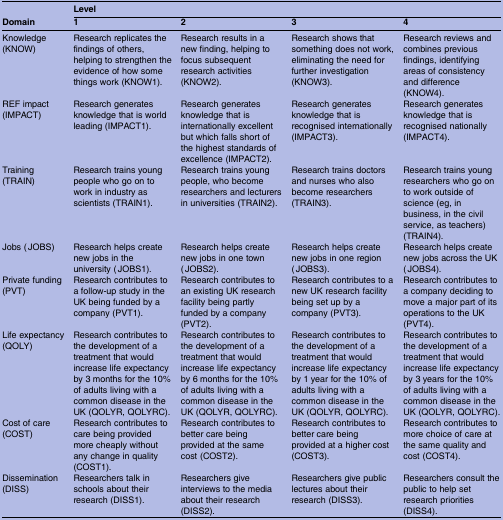
<table><thead><tr><td></td><td colspan="4"><b>Level</b></td></tr><tr><td><b>Domain</b></td><td><b>1</b></td><td><b>2</b></td><td><b>3</b></td><td><b>4</b></td></tr></thead><tbody><tr><td>Knowledge (KNOW)</td><td>Research replicates the findings of others, helping to strengthen the evidence of how some things work (KNOW1).</td><td>Research results in a new finding, helping to focus subsequent research activities (KNOW2).</td><td>Research shows that something does not work, eliminating the need for further investigation (KNOW3).</td><td>Research reviews and combines previous findings, identifying areas of consistency and difference (KNOW4).</td></tr><tr><td>REF impact (IMPACT)</td><td>Research generates knowledge that is world leading (IMPACT1).</td><td>Research generates knowledge that is internationally excellent but which falls short of the highest standards of excellence (IMPACT2).</td><td>Research generates knowledge that is recognised internationally (IMPACT3).</td><td>Research generates knowledge that is recognised nationally (IMPACT4).</td></tr><tr><td>Training (TRAIN)</td><td>Research trains young people who go on to work in industry as scientists (TRAIN1).</td><td>Research trains young people, who become researchers and lecturers in universities (TRAIN2).</td><td>Research trains doctors and nurses who also become researchers (TRAIN3).</td><td>Research trains young researchers who go on to work outside of science (eg, in business, in the civil service, as teachers) (TRAIN4).</td></tr><tr><td>Jobs (JOBS)</td><td>Research helps create new jobs in the university (JOBS1).</td><td>Research helps create new jobs in one town (JOBS2).</td><td>Research helps create new jobs in one region (JOBS3).</td><td>Research helps create new jobs across the UK (JOBS4).</td></tr><tr><td>Private funding (PVT)</td><td>Research contributes to a follow-up study in the UK being funded by a company (PVT1).</td><td>Research contributes to an existing UK research facility being partly funded by a company (PVT2).</td><td>Research contributes to a new UK research facility being set up by a company (PVT3).</td><td>Research contributes to a company deciding to move a major part of its operations to the UK (PVT4).</td></tr><tr><td>Life expectancy (QOLY)</td><td>Research contributes to the development of a treatment that would increase life expectancy by 3 months for the 10% of adults living with a common disease in the UK (QOLYR, QOLYRC).</td><td>Research contributes to the development of a treatment that would increase life expectancy by 6 months for the 10% of adults living with a common disease in the UK (QOLYR, QOLYRC).</td><td>Research contributes to the development of a treatment that would increase life expectancy by 1 year for the 10% of adults living with a common disease in the UK (QOLYR, QOLYRC).</td><td>Research contributes to the development of a treatment that would increase life expectancy by 3 years for the 10% of adults living with a common disease in the UK (QOLYR, QOLYRC).</td></tr><tr><td>Cost of care (COST)</td><td>Research contributes to care being provided more cheaply without any change in quality (COST1).</td><td>Research contributes to better care being provided at the same cost (COST2).</td><td>Research contributes to better care being provided at a higher cost (COST3).</td><td>Research contributes to more choice of care at the same quality and cost (COST4).</td></tr><tr><td>Dissemination (DISS)</td><td>Researchers talk in schools about their research (DISS1).</td><td>Researchers give interviews to the media about their research (DISS2).</td><td>Researchers give public lectures about their research (DISS3).</td><td>Researchers consult the public to help set research priorities (DISS4).</td></tr></tbody></table>